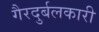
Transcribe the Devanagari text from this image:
गैरदुर्बलकारी